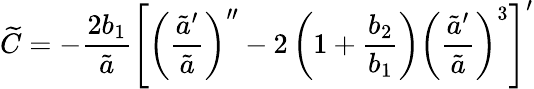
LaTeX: {\widetilde C}=-\frac{2b_{1}}{\tilde{a}}\Bigg[\left(\frac{{\tilde{a}}^{\prime}}{{\tilde{a}}}\right)^{\prime\prime}-2\left(1+\frac{b_{2}}{b_{1}}\right)\left(\frac{{\tilde{a}}^{\prime}}{{\tilde{a}}}\right)^{3}\Bigg]^{\prime}